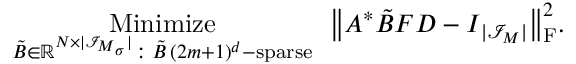
\underset { \b { \tilde { B } } \in \mathbb R ^ { N \times { | \mathcal I _ { \boldsymbol M _ { \boldsymbol \sigma } } | } } \colon \b { \tilde { B } } \, ( 2 m + 1 ) ^ { d } \mathrm { - s p a r s e ~ } } { \mathrm { M i n i m i z e ~ } } \ \big \| \boldsymbol A ^ { * } \b { \tilde { B } } \boldsymbol F \boldsymbol D - \boldsymbol I _ { | \mathcal I _ { \boldsymbol M } | } \big \| _ { \mathrm F } ^ { 2 } .